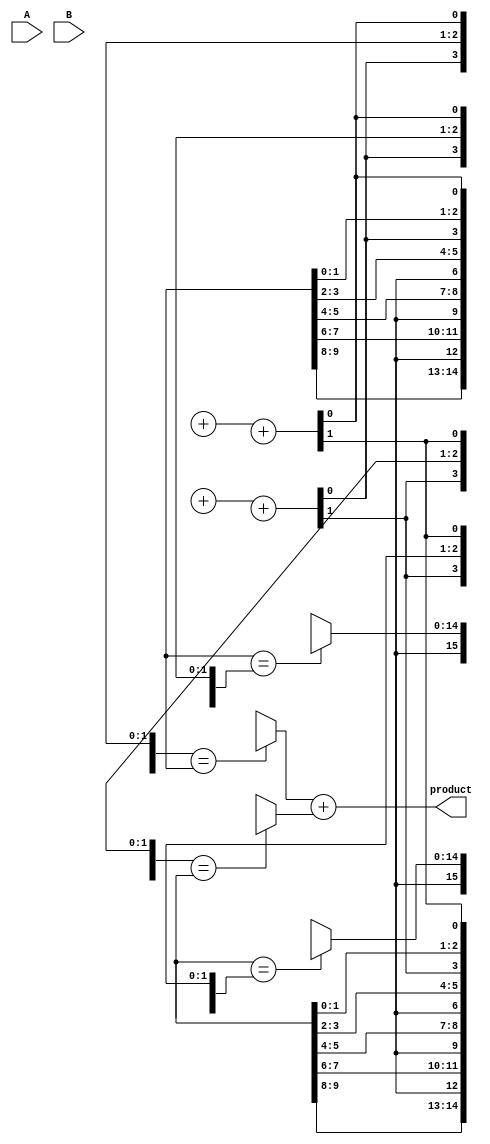
module FaultTolerantWallaceTreeMultiplier #(parameter A_WIDTH = 8, B_WIDTH = 8)(
    input [A_WIDTH-1:0] A, 
    input [B_WIDTH-1:0] B,
    output reg [2*A_WIDTH-1:0] product
);

    // Generate Partial Products
    wire [A_WIDTH * B_WIDTH - 1:0] partial_products [0:A_WIDTH-1];
    genvar i, j;
    generate
        for (i = 0; i < A_WIDTH; i = i + 1) begin : gen_partial_products
            for (j = 0; j < B_WIDTH; j = j + 1) begin : gen_partial_product
                assign partial_products[i][j + i * B_WIDTH] = A[i] & B[j];
            end
        end
    endgenerate

    // Wallace Tree Reduction
    wire [A_WIDTH * B_WIDTH - 1:0] sum;
    wire [A_WIDTH * B_WIDTH - 1:0] carry;
    wire [A_WIDTH * B_WIDTH - 1:0] sum_redundant [0:2]; // For triple modular redundancy
    wire [A_WIDTH * B_WIDTH - 1:0] carry_redundant [0:2];

    // Full Adder and Half Adder instances
    // Example implementation of a simple 3-input CSA
    function [1:0] carry_save_adder(input [2:0] a);
        begin
            carry_save_adder = {1'b0, a[0]} + {1'b0, a[1]} + {1'b0, a[2]};
        end
    endfunction

    // Redundant CSA stages
    generate
        for (i = 0; i < A_WIDTH * B_WIDTH; i = i + 3) begin : reduce_stage
            assign {carry[i], sum[i]} = carry_save_adder({partial_products[i], partial_products[i+1], partial_products[i+2]});
            // Add redundancy
            assign {carry_redundant[0][i], sum_redundant[0][i]} = carry_save_adder({partial_products[i], partial_products[i+1], partial_products[i+2]});
            assign {carry_redundant[1][i], sum_redundant[1][i]} = carry_save_adder({partial_products[i], partial_products[i+1], partial_products[i+2]});
            assign {carry_redundant[2][i], sum_redundant[2][i]} = carry_save_adder({partial_products[i], partial_products[i+1], partial_products[i+2]});
        end
    endgenerate

    // Error Detection and Correction
    wire [A_WIDTH * B_WIDTH - 1:0] final_sum;
    wire [A_WIDTH * B_WIDTH - 1:0] final_carry;

    // Voting mechanism to select majority output
    assign final_sum = (sum_redundant[0] == sum_redundant[1]) ? sum_redundant[0] :
                       (sum_redundant[1] == sum_redundant[2]) ? sum_redundant[1] :
                       sum_redundant[2];

    assign final_carry = (carry_redundant[0] == carry_redundant[1]) ? carry_redundant[0] :
                         (carry_redundant[1] == carry_redundant[2]) ? carry_redundant[1] :
                         carry_redundant[2];

    // Final Stage Addition
    always @(*) begin
        // Combine final sum and carry
        product = final_sum + final_carry; // This should be a proper adder to handle the final carry
    end

endmodule